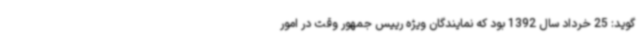
گوید: 25 خرداد سال 1392 بود که نمایندگان ویژه رییس جمهور وقت در امور